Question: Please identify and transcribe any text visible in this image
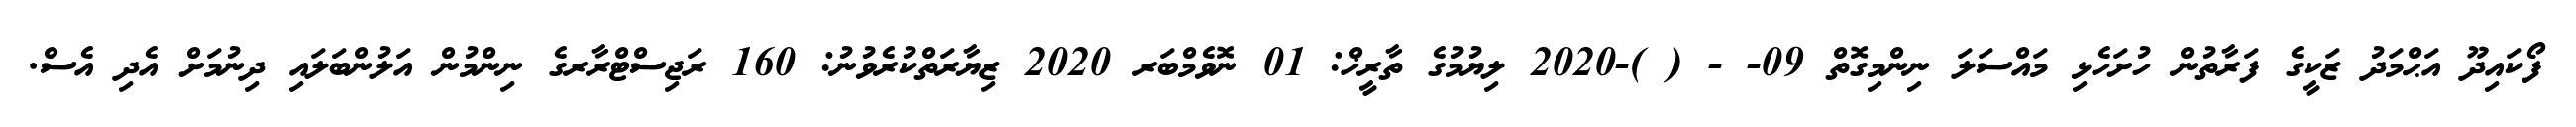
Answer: ފޯކައިދޫ އަޙްމަދު ޒަކީގެ ފަރާތުން ހުށަހެޅި މައްސަލަ ނިންމިގޮތް 09- - ( )-2020 ލިޔުމުގެ ތާރީޚް: 01 ނޮވެމްބަރ 2020 ޒިޔާރަތްކުރެވުނު: 160 ރަޖިސްޓްރާރގެ ނިންމުން އަލުންބަލައި ދިނުމަށް އެދި އެސް.